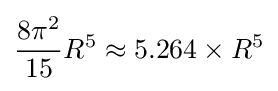
{\frac {8\pi ^{2}}{15}}R^{5}\approx 5.264\times R^{5}